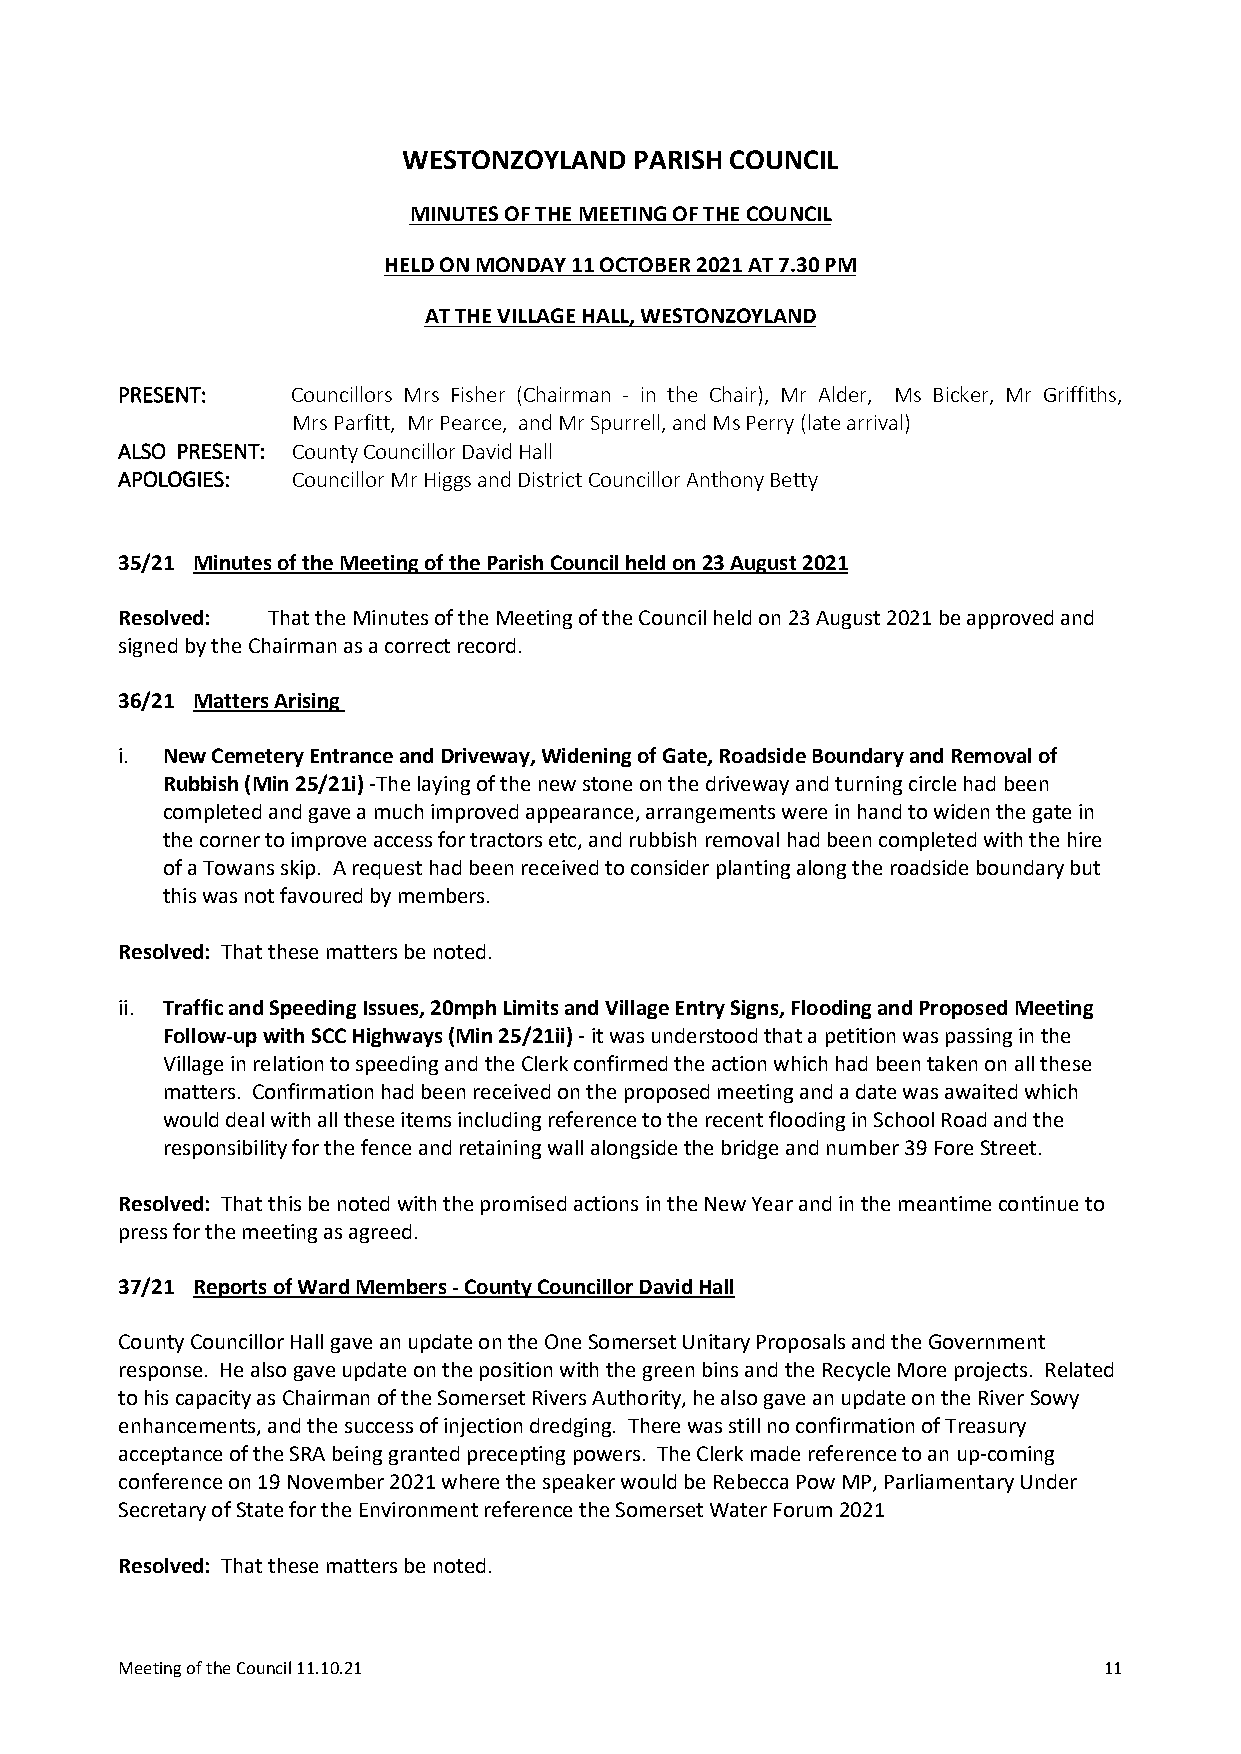
WESTONZOYLAND  PARISH COUNCIL
 MINUTESOFTHEMEETINGOFTHECOUNCIL
 HELDONMONDAY11OCTOBER2021AT7.30PM
 ATTHEVILLAGEHALL,WESTONZOYLAND
 PRESENT:   Councillors Mrs Fisher (Chairman - in the Chair), Mr Alder, Ms Bicker, Mr Griffiths,
 MrsParfitt, MrPearce, andMrSpurrell,andMsPerry(latearrival)
 ALSO PRESENT: CountyCouncillorDavidHall
 APOLOGIES: CouncillorMrHiggsandDistrictCouncillorAnthonyBetty
 35/21 MinutesoftheMeetingoftheParishCouncilheldon23August2021
 Resolved: ThattheMinutesoftheMeetingoftheCouncilheldon23August2021beapprovedand
 signedbytheChairmanasacorrectrecord.
 36/21 MattersArising
 i. NewCemeteryEntranceandDriveway,WideningofGate,RoadsideBoundaryandRemovalof
 Rubbish(Min25/21i)-Thelayingofthenewstoneonthedrivewayandturningcirclehadbeen
 completedandgaveamuchimprovedappearance,arrangementswereinhandtowidenthegatein
 thecornertoimproveaccessfortractorsetc,andrubbishremovalhadbeencompletedwiththehire
 ofaTowansskip. Arequesthadbeenreceivedtoconsiderplantingalongtheroadsideboundarybut
 thiswasnotfavouredbymembers.
 Resolved: Thatthesemattersbenoted.
 ii. TrafficandSpeedingIssues,20mphLimitsandVillageEntrySigns,FloodingandProposedMeeting
 Follow-upwithSCCHighways(Min25/21ii)-itwasunderstoodthatapetitionwaspassinginthe
 VillageinrelationtospeedingandtheClerkconfirmedtheactionwhichhadbeentakenonallthese
 matters. Confirmationhadbeenreceivedontheproposedmeetingandadatewasawaitedwhich
 woulddealwithalltheseitemsincludingreferencetotherecentfloodinginSchoolRoadandthe
 responsibilityforthefenceandretainingwallalongsidethebridgeandnumber39ForeStreet.
 Resolved: ThatthisbenotedwiththepromisedactionsintheNewYearandinthemeantimecontinueto
 pressforthemeetingasagreed.
 37/21 ReportsofWardMembers-CountyCouncillorDavidHall
 CountyCouncillorHallgaveanupdateontheOneSomersetUnitaryProposalsandtheGovernment
 response. HealsogaveupdateonthepositionwiththegreenbinsandtheRecycleMoreprojects. Related
 tohiscapacityasChairmanoftheSomersetRiversAuthority,healsogaveanupdateontheRiverSowy
 enhancements,andthesuccessofinjectiondredging. TherewasstillnoconfirmationofTreasury
 acceptanceoftheSRAbeinggrantedpreceptingpowers. TheClerkmadereferencetoanup-coming
 conferenceon19November2021wherethespeakerwouldbeRebeccaPowMP,ParliamentaryUnder
 SecretaryofStatefortheEnvironmentreferencetheSomersetWaterForum2021
 Resolved: Thatthesemattersbenoted.
 MeetingoftheCouncil11.10.21                                      11